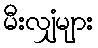
မီးလျှံများ